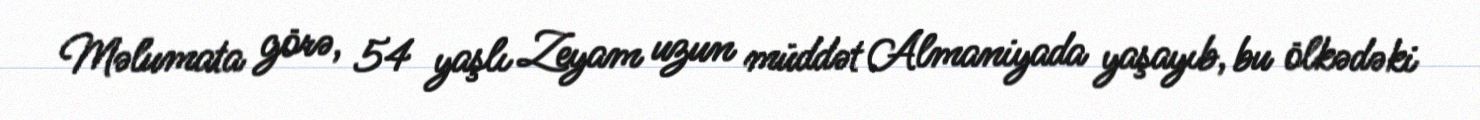
Məlumata görə, 54 yaşlı Zeyam uzun müddət Almaniyada yaşayıb, bu ölkədəki